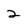
Character: 2